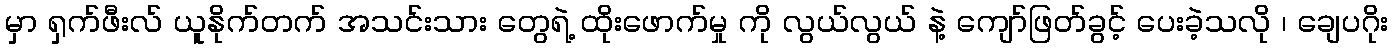
မှာ ရှက်ဖီးလ် ယူနိုက်တက် အသင်းသား တွေရဲ့ ထိုးဖောက်မှု ကို လွယ်လွယ် နဲ့ ကျော်ဖြတ်ခွင့် ပေးခဲ့သလို ၊ ချေပဂိုး